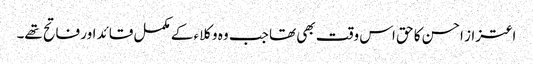
اعتزاز احسن کا حق اس وقت بھی تھا جب وہ وکلاء کے مکمل قائد اور فاتح تھے۔